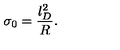
\sigma _ { 0 } = \frac { l _ { D } ^ { 2 } } { R } .